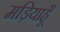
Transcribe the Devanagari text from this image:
मड़ियाहूँ